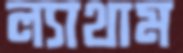
ল্যাথাম